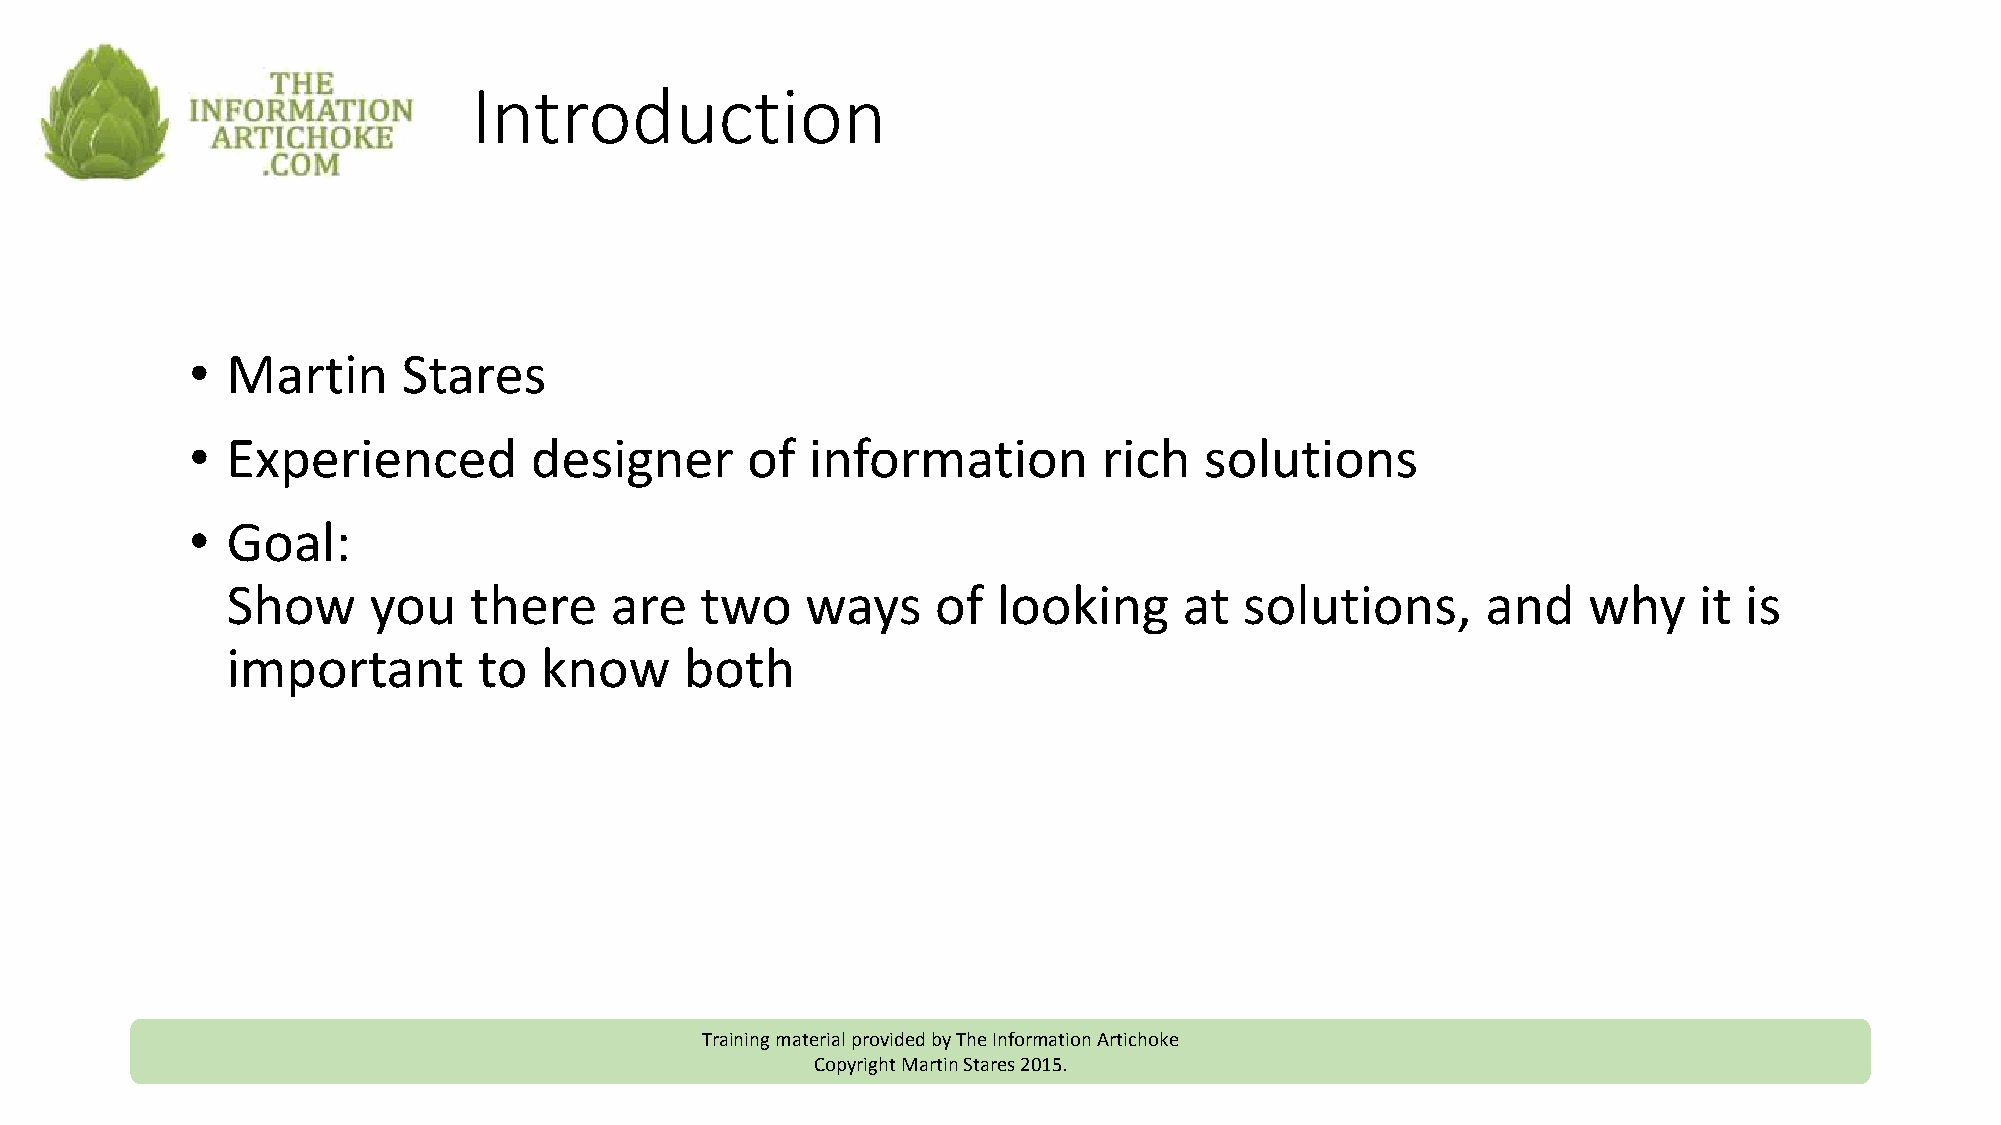
Introduction
 • Martin      Stares
 • Experienced         designer      of   information        rich   solutions
 • Goal:
 Show     you    there    are   two    ways     of  looking     at  solutions,      and    why    it is
 important        to  know     both
 Training material provided by The Information Artichoke
 Copyright Martin Stares 2015.